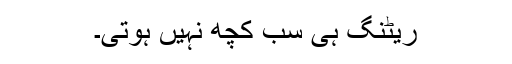
ریٹنگ ہی سب کچھ نہیں ہوتی۔